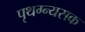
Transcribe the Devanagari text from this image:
पृथग्न्यसक